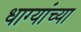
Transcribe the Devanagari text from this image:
धाग्यांच्या